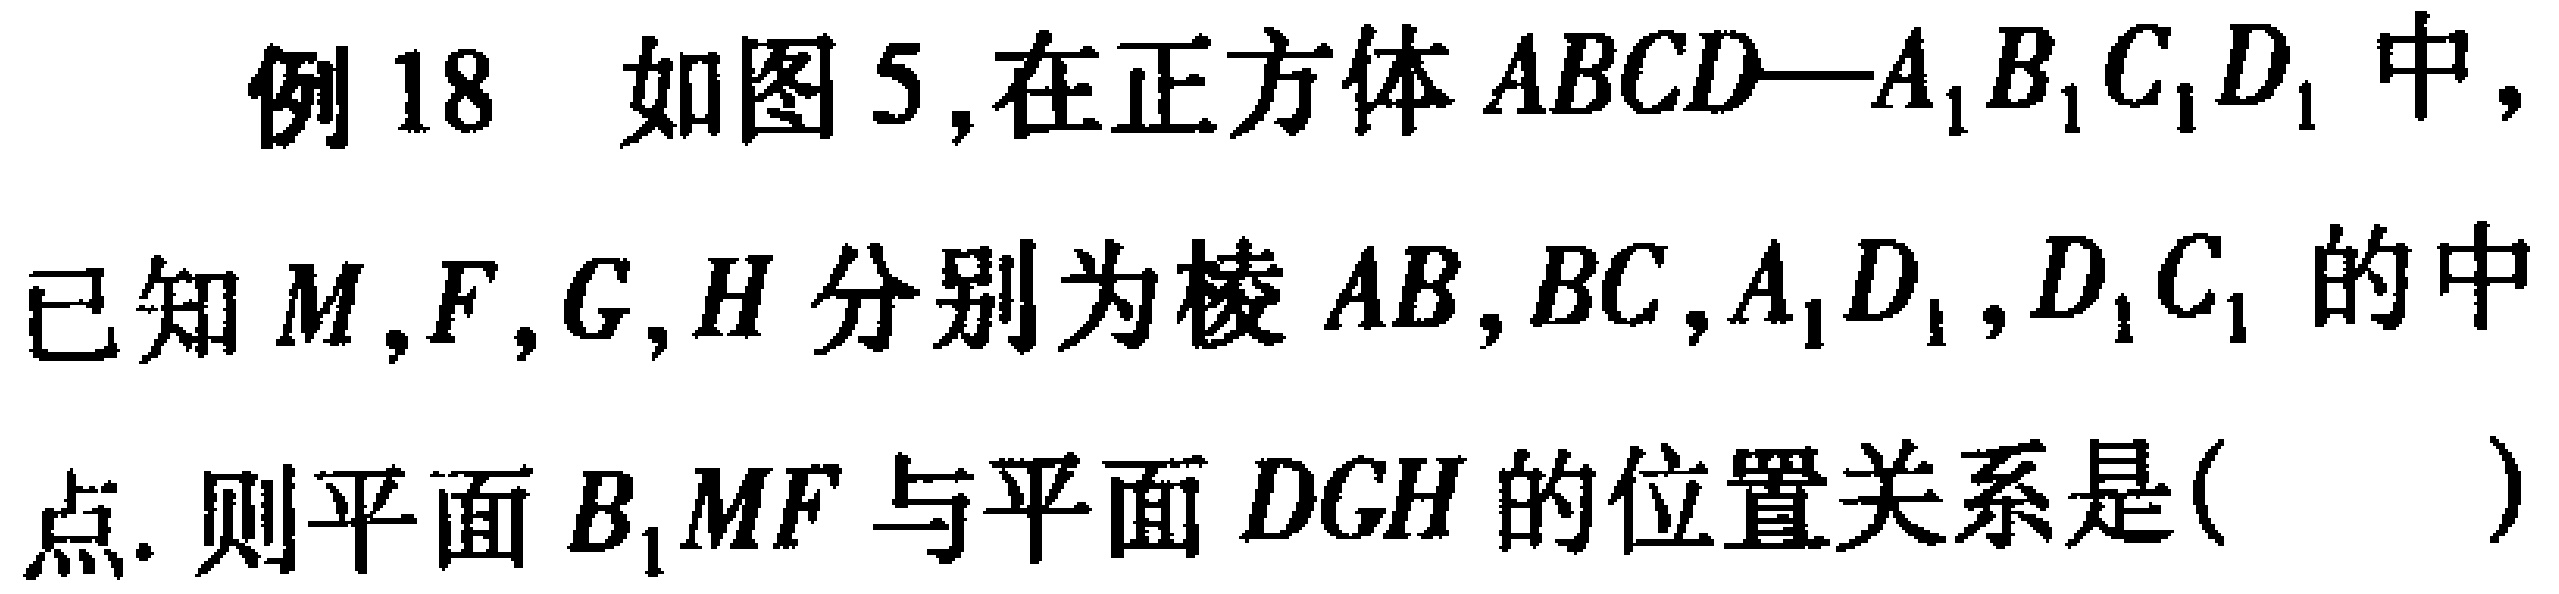
例18 如图5,在正方体\(ABCD—A_{1}B_{1}C_{1}D_{1}\)中,已知\(M,F,G,H\)分别为棱\(AB,BC,A_{1}D_{1},D_{1}C_{1}\)的中点. 则平面\(B_{1}MF\)与平面\(DGH\)的位置关系是( )